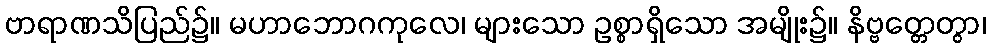
ဗာရာဏသိပြည်၌။ မဟာဘောဂကုလေ၊ များသော ဥစ္စာရှိသော အမျိုး၌။ နိဗ္ဗတ္တေတွာ၊